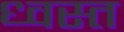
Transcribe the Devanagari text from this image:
ध्वस्‍त